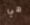
هي